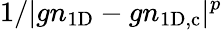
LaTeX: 1/|gn_{\mathrm{1D}}-gn_{\mathrm{1D,c}}|^{p}